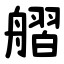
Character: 䒁